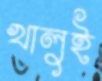
খালুই